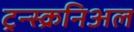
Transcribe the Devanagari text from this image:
ट्रन्स्क्रनिअल